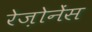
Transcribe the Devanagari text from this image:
रेज़ोनेंस